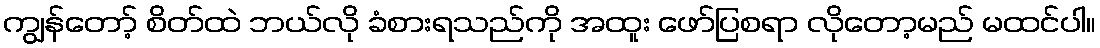
ကျွန်တော့် စိတ်ထဲ ဘယ်လို ခံစားရသည်ကို အထူး ဖော်ပြစရာ လိုတော့မည် မထင်ပါ။